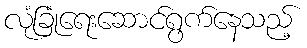
လုံခြုံရေးဆောင်ရွက်နေသည့်